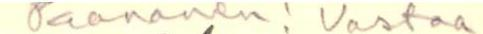
Paananen! Vastaa